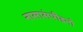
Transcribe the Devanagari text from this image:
नासासंपीडनो